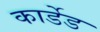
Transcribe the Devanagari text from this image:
कार्डेड